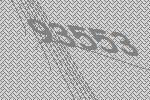
93553